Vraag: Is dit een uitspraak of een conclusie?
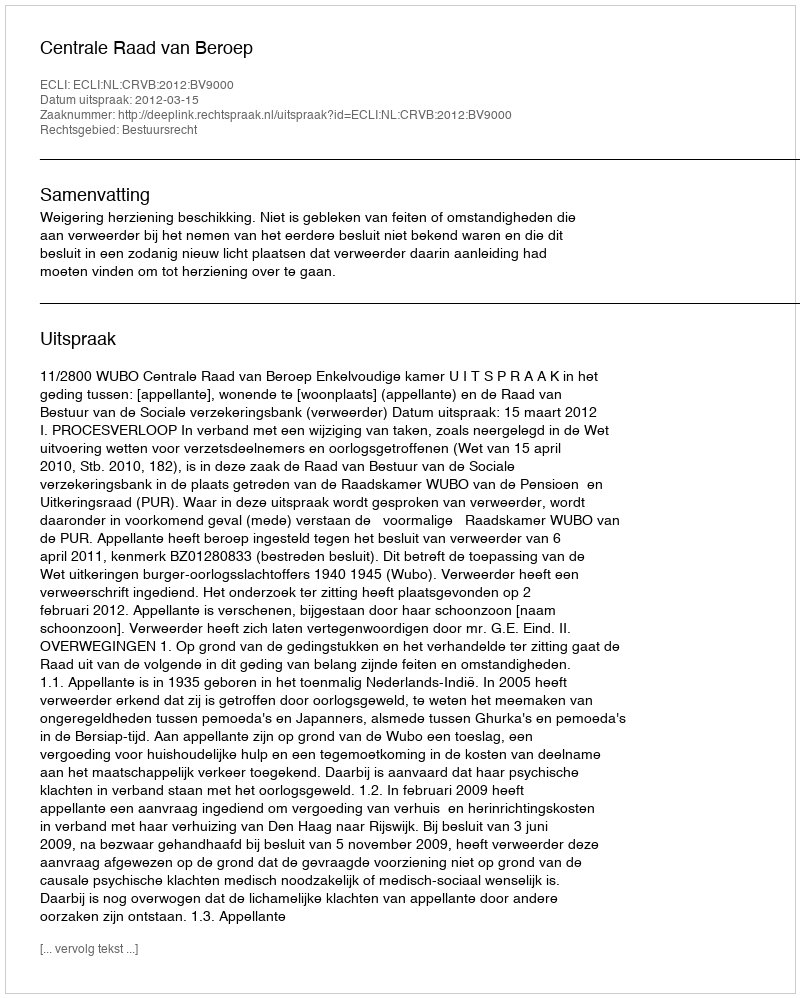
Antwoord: Uitspraak